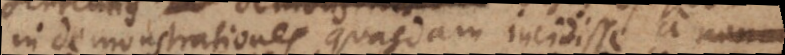
in demonstrationes quasdam incidisse a